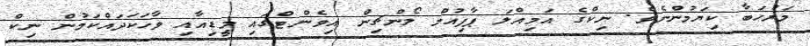
މަރުހަބާ ކިޔަމުންނެވެ. ނިކްގެ އަމިއްލަ ޕާފިއުމް ލޯންޗިން އިވެންޓްގައި މީޑިއާއި ވާހަކަދައްކަމުން ނިކް